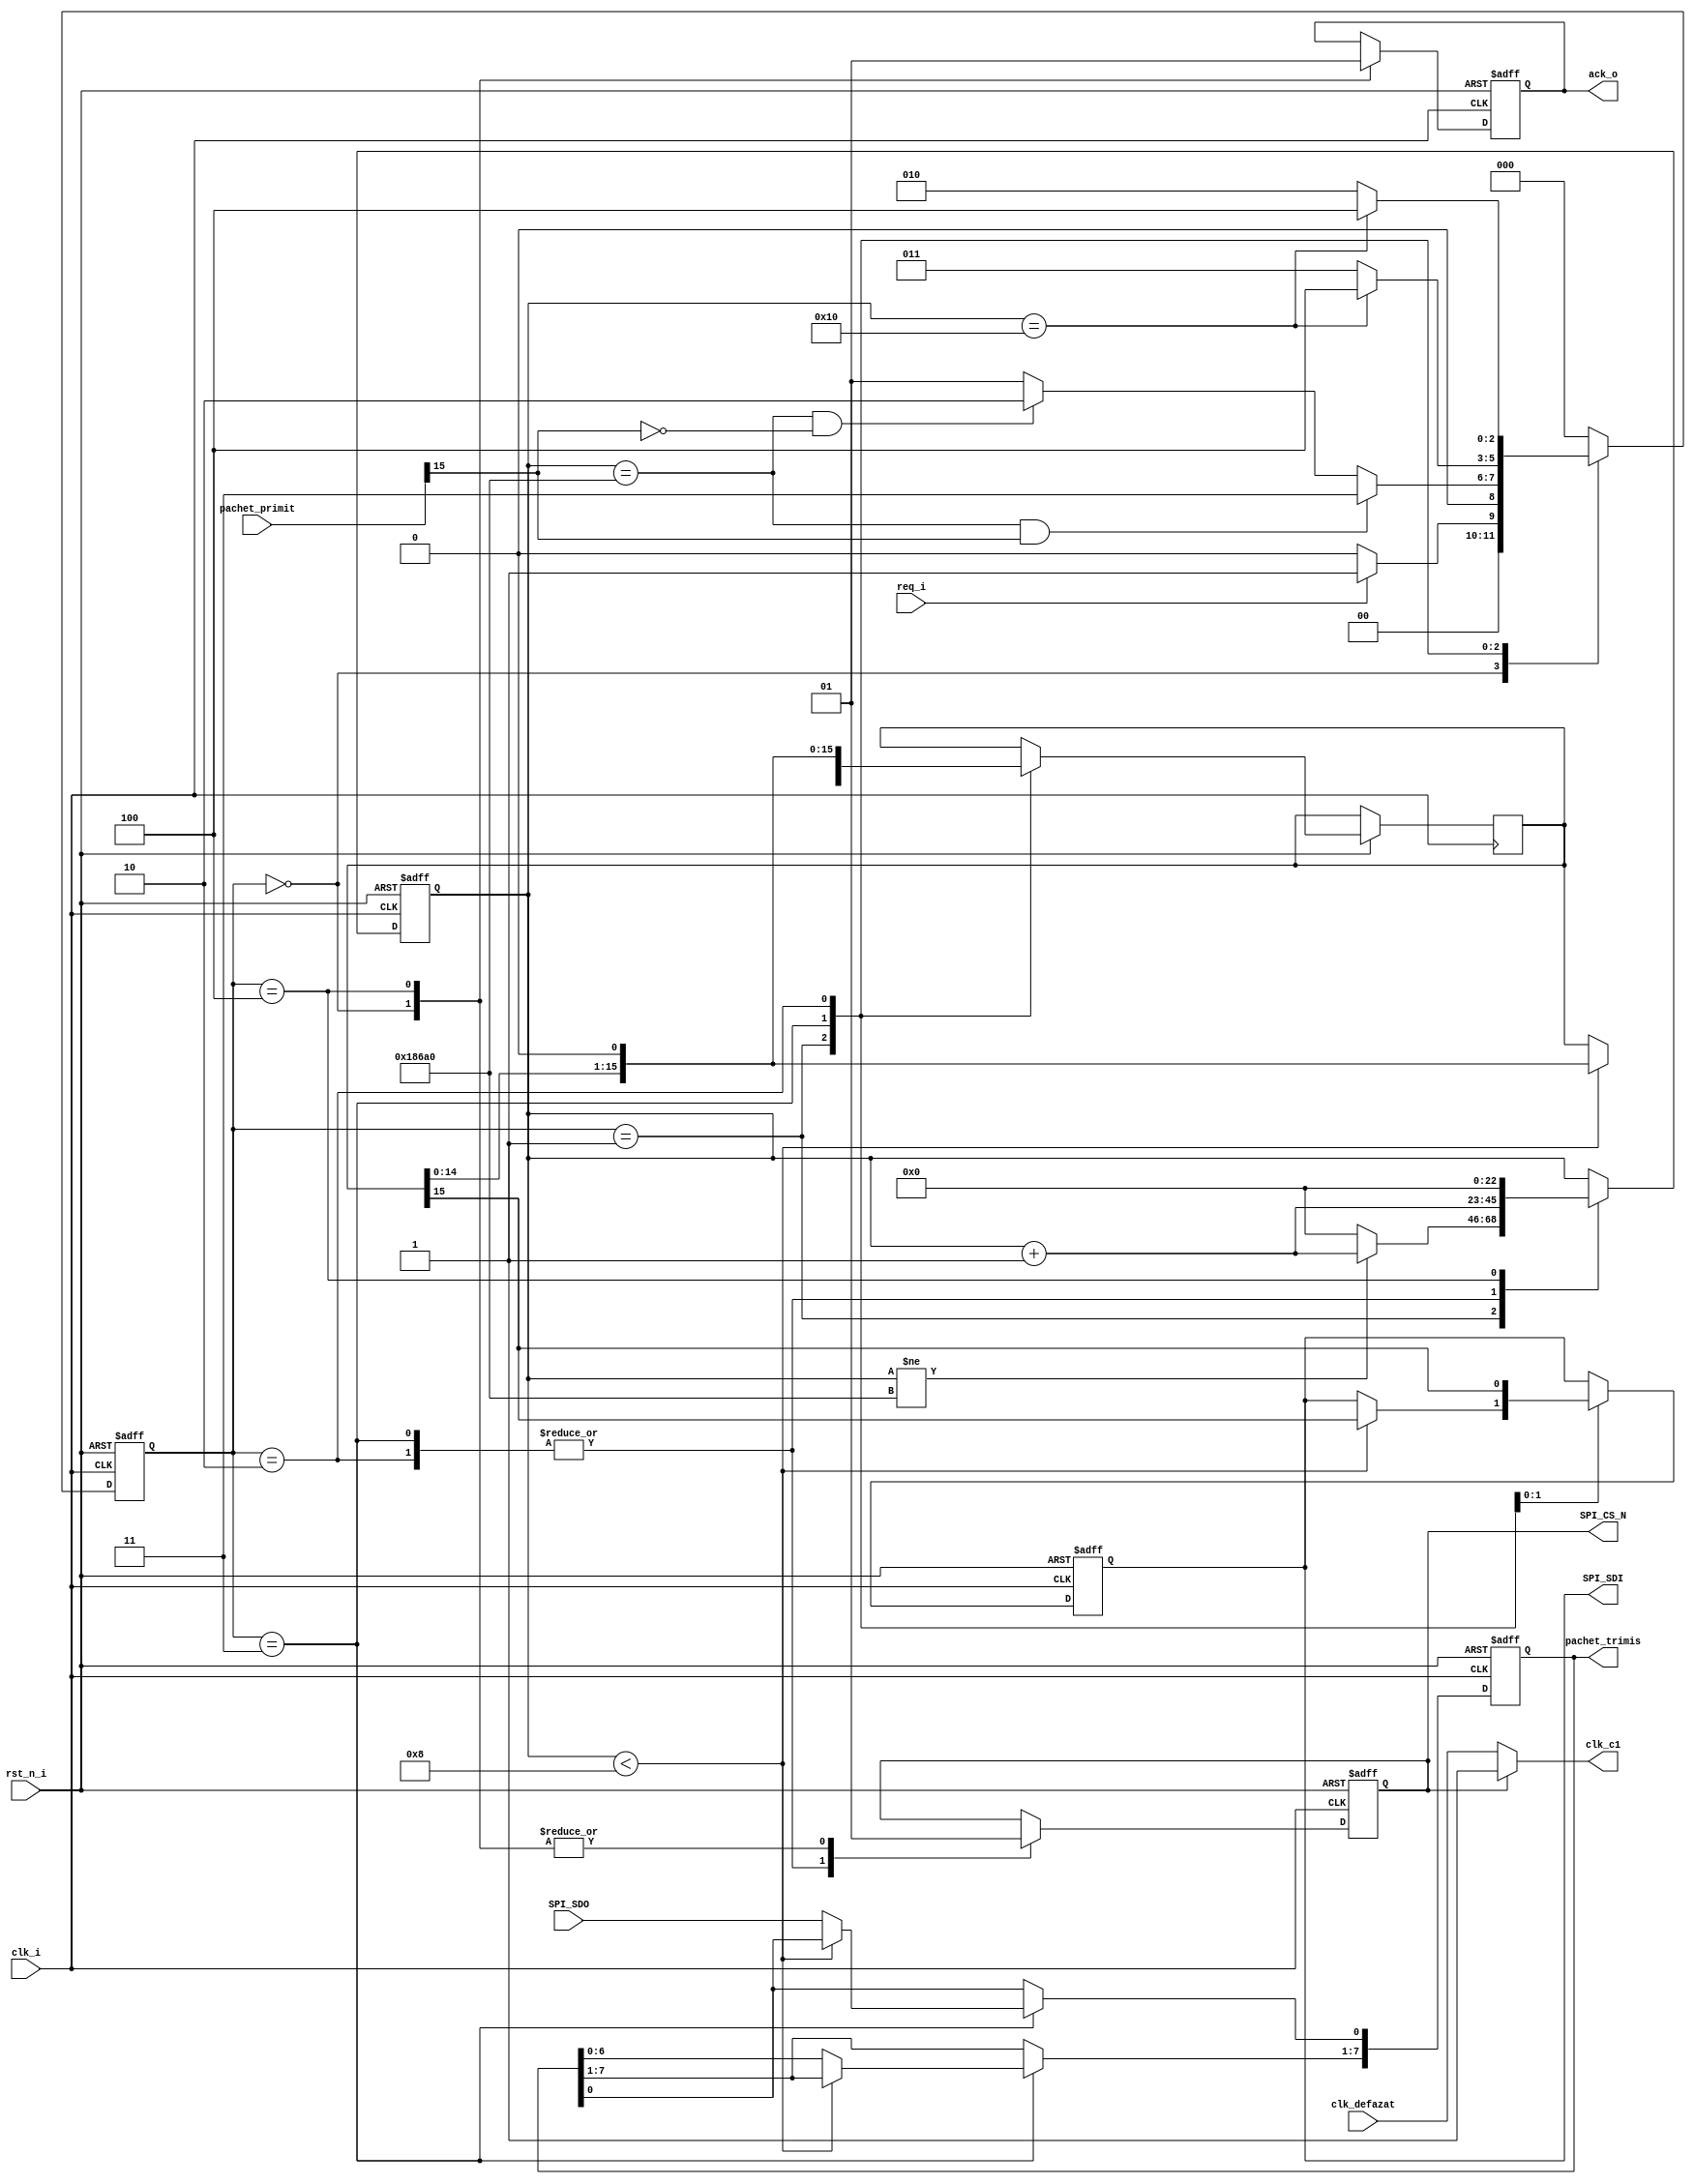
module masterspi(

input  clk_i,
input  clk_defazat,
input  rst_n_i,
input  req_i,   
output reg ack_o,  
output reg [7:0]     pachet_trimis, 
input      [15:0]    pachet_primit,  
output      reg      SPI_SDI,
output 		       	clk_c1,  
input                SPI_SDO,  
output      reg      SPI_CS_N

);
    localparam COUNT_MAX =100000;
    reg [22:0] counter;
    reg [15:0] pachet_primit1;
    reg [2:0]  current_state;
    reg [2:0]  next_state;
    localparam IDLE          = 4'b0000;
    localparam WAIT_1SEC     = 4'b0001;
    localparam WRITE         = 4'b0010; 
    localparam READ          = 4'b0011;
    localparam ACKN          = 4'B0100;
   


always @(posedge clk_i or negedge rst_n_i) 
begin
    if(~rst_n_i) current_state<= IDLE;
    else 
    current_state <= next_state;
end
always @(*)
begin
    case (current_state)
    IDLE:       begin
                if(req_i ==1'b1) next_state<= WAIT_1SEC;
                else next_state<=IDLE;
                end   
					 
    WAIT_1SEC:  begin
                if(counter== COUNT_MAX && pachet_primit[15]) 
                begin 
                next_state<=READ;               
                end
                else if(counter== COUNT_MAX &&(~pachet_primit[15])) 
                begin 
                next_state<=WRITE;
                end
                else 
                begin
                next_state<=WAIT_1SEC;              
                end
                end 
					 
    READ :      begin
                if(counter==16) next_state<=ACKN;
                else next_state<=READ;
					 end
					 
    WRITE:      begin
                if(counter==16) next_state<=ACKN;
                else next_state<=WRITE;
                end
					 
    ACKN:       begin
                next_state <= IDLE;
                end 
					 
    default : next_state <= IDLE;
    endcase
end

assign clk_c1 = SPI_CS_N? 1'b1 : clk_defazat;



always @ (posedge clk_i or negedge rst_n_i) begin
    if (~rst_n_i) begin
        ack_o <= 1'b0;
        pachet_trimis<=0;
        SPI_SDI <= 1'b0;
        SPI_CS_N <= 1'b1;
        counter <=0;		
        end
			  
    else begin
       case(current_state)  
		 
        IDLE:
        begin
                ack_o <= 1'b0;
                SPI_CS_N <= 1'b1;
        end
		  
        WAIT_1SEC:
        begin
            pachet_primit1 <= pachet_primit;
            if(counter != COUNT_MAX) counter<=counter+1;
            else counter <=0;   
        end 
		  
        READ: 
        begin
            SPI_CS_N = 1'b0;  
            if (counter<8)
            begin 
                pachet_primit1 <= pachet_primit1<<1; 
                SPI_SDI <= pachet_primit1[15]; 
            end         
            else 
            begin  				 
				 pachet_trimis<=pachet_trimis << 1;
             pachet_trimis[0]<=SPI_SDO;    
            end
             counter<=counter+1;
        end
		  
        WRITE: 
        begin
            SPI_CS_N = 1'b0;   
            pachet_primit1<=pachet_primit1<<1; 
            SPI_SDI <=pachet_primit1[15];       
			   counter<=counter+1;
        end
		  
        ACKN: 
        begin
            ack_o<=1'b1;
            SPI_CS_N<=1'b1;
            counter<=0;  
				
        end
        endcase  
		
   end
end 
endmodule